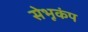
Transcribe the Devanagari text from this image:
सेभूकंप